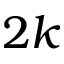
2 k